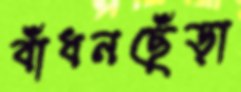
বাঁধনছেঁড়া